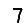
Digit: 7